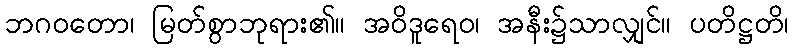
ဘဂဝတော၊ မြတ်စွာဘုရား၏။ အဝိဒူရေဝ၊ အနီး၌သာလျှင်။ ပတိဋ္ဌတိ၊